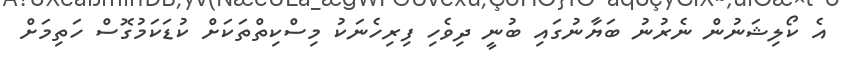
އެ ކޯލިޝަނުން ނެރުނު ބަޔާނުގައި ބުނީ ދިވެހި ފިރިހެނަކު މިސްކިތްތަކަށް ކުޑަކަމުގޮސް ހަތިމަށް